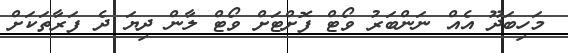
މަހިބަދޫ އެއް ނަންބަރު ވޯޓް ފޮށްޓަށް ވޯޓް ލާން ދިޔަ ދެ ފަރާތަކަށް